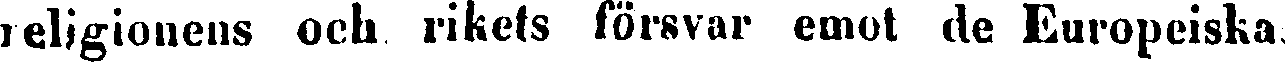
religionens och rikets försvar emot de Europeiska,